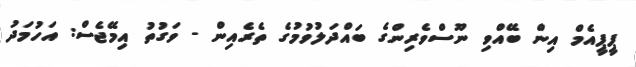
ޕީޕީއެމް އިން ބޭއްވި ނޫސްވެރިންގެ ބައްދަލުވުމުގެ ތެރެއިން - ވަގުތު އިމޭޖެސް: އަހުމަދު